Lunatic asylums Madras 1892-1911 - 1892-1911
Year: 1892
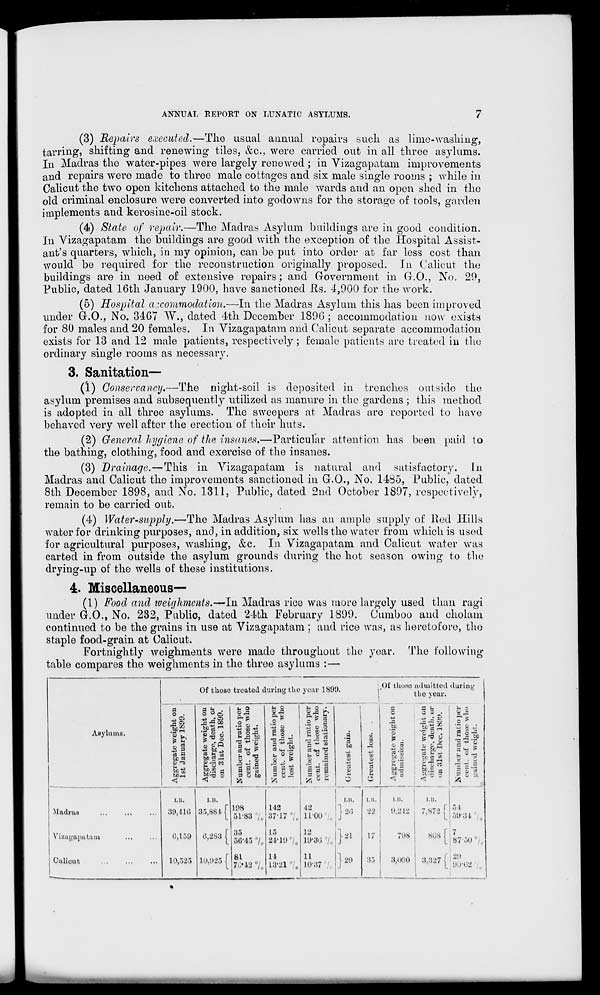
ANNUAL EEPOKT ON LUNATIC ASYLUMS.
(3) Repairs executed.—The usual annual repairs such as lime-washing,
tarring, shifting and renewing tiles, &c, were carried out in all three asylums.
In Madras the water-pipes were largely renewed; in Vizagapatam improvements
and repairs were made to three male cottages and six male single rooms ; while in
Calicut the two open kitchens attached to the male wards and an open shed in the
old criminal enclosure were converted into godowns for the storage of tools, garden
implements and kerosine-oil stock.
(4) State of repair.—The Madras Asylum buildings are in good condition.
In Vizagapatam the buildings are good with the exception of the Hospital Assist-
ant's quarters, which, in my opinion, can be put into order at far less cost than
would be required for the reconstruction originally proposed. In Calicut the
buildings are in need of extensive repairs; and Government in G.O., No. 29,
Public, dated 16th January 1900, have sanctioned Us. ^,900 for the work.
(5) Hospital accommodation.—In the Madras Asylum this has been improved
under G.O., No. 34G7 ~W\, dated 4th December 189(3 ; accommodation now exists
for 80 males and 20 females. In Vizagapatam and Calicut separate accommodation
exists for 13 and 12 male patients, respectively; female patients are treated in the
ordinary single rooms as necessary.
3. Sanitation—
(1) Conservancy.—The night-soil is deposited in trenches outside the
asylum premises and subsequently utilized as manure in the gardens ; this method
is adopted in all three asylums. The sweepers at Madras are reported to have
behaved very well after the erection of their huts.
(2) General hygiene of the insanes,—Particular attention has been paid to
the bathing, clothing, food and exercise of the insanes.
(3) Drainage.—This in Vizagapatam is natural and satisfactory. In
Madras and Calicut the improvements sanctioned in G.O., No. 1485, Public, dated
8th December 1898, and No. 1311, Public, dated 2nd October 1897, respectively,
remain to be carried out.
(4) Water-supply.—The Madras Asylum has an ample supply of lied Hills
water for drinking purposes, and, in addition, six wells the water from which is usod
for agricultural purposes, washing, &c. In Vizagapatam and Calicut water was
carted in from outside the asylum grounds during the hot season owing to the
drying-up of the wells of these institutions.
4. Miscellaneous—
(1) Food and zvcicjhmcnts.—In Madras rice was more largely used than ragi
under G.O., No. 232, Public, dated 24th February 1899. Cumboo and cholam
continued to be the grains in use at Vizagapatam : and rice was, as heretofore, tho
staple food-grain at Calicut.
Fortnightly weighments were made throughout the year. The following
table compares the weighments in the three asylums :—
Of those treated during the year 1899.
1
1
t Of those uhuitted during
lie your.
^
a b
>H O
1
h o
u o ,•
1
H u
r 3
o .
3 o c :
O ^5
9 A
9 J2 rt
c
3 o _<
S -
-pg
4j) ,TC3
J3 ~ 00
o ?
u
r ?
Asylums.
gate weigl
anuary 18
t'v s
*i £?-
ben H
.3 O .
B ^j so
ri -P 'g
hi
O
. (!)
er and rati
of those
weight.
1II
a *J Da
3 q-l "tj
^ o o
EJ
be
B
v5
H
o
-p
in
V
'3
1]
w - 2
'S J •
5 tr-p
» 2 ^5
13 §
3 Hi *
3 . t
hi
9 T" CO
Big §
umb
cent
Jain
1 s § D u a
B
-p
a
EbJa
Sc ^
11 g 18*1
<
<
ft
ft
r A Q B
._
LB,
w
*j
*
*
I 1,11.
,,, I
i.u.
1
I.II.
i.ii.
Madras
39,418 35,881 [ 198
51*88 7c
112
37-17 °/c
12
11*00»/« } 20 •j-> 1) •> IS 7,872 f 59*31
Yizagapatam
0,159 (•,2S3 ( 35
56*45 7,
15
84*10 7 0
18
19-3o »/, } 81 17
798
808 ] 7
87'50°/,
Calicut
10,685 10,085 [ 81
14
13-1 Vo
11
10*8*7
"I
J
80
35
3,090
3.327 j
. 29
00*08 „
i